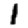
Digit: 1